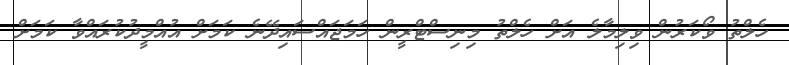
ހެލްތު ވޯކަރުން ވިލިމާލެ އަށް ހެލްތު މިނިސްޓްރީން ހަމަޖައްސައިދޭނެ ކަމަށް އުއްމީދުކުރައްވާ ކަމަށް